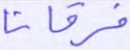
فرقانا